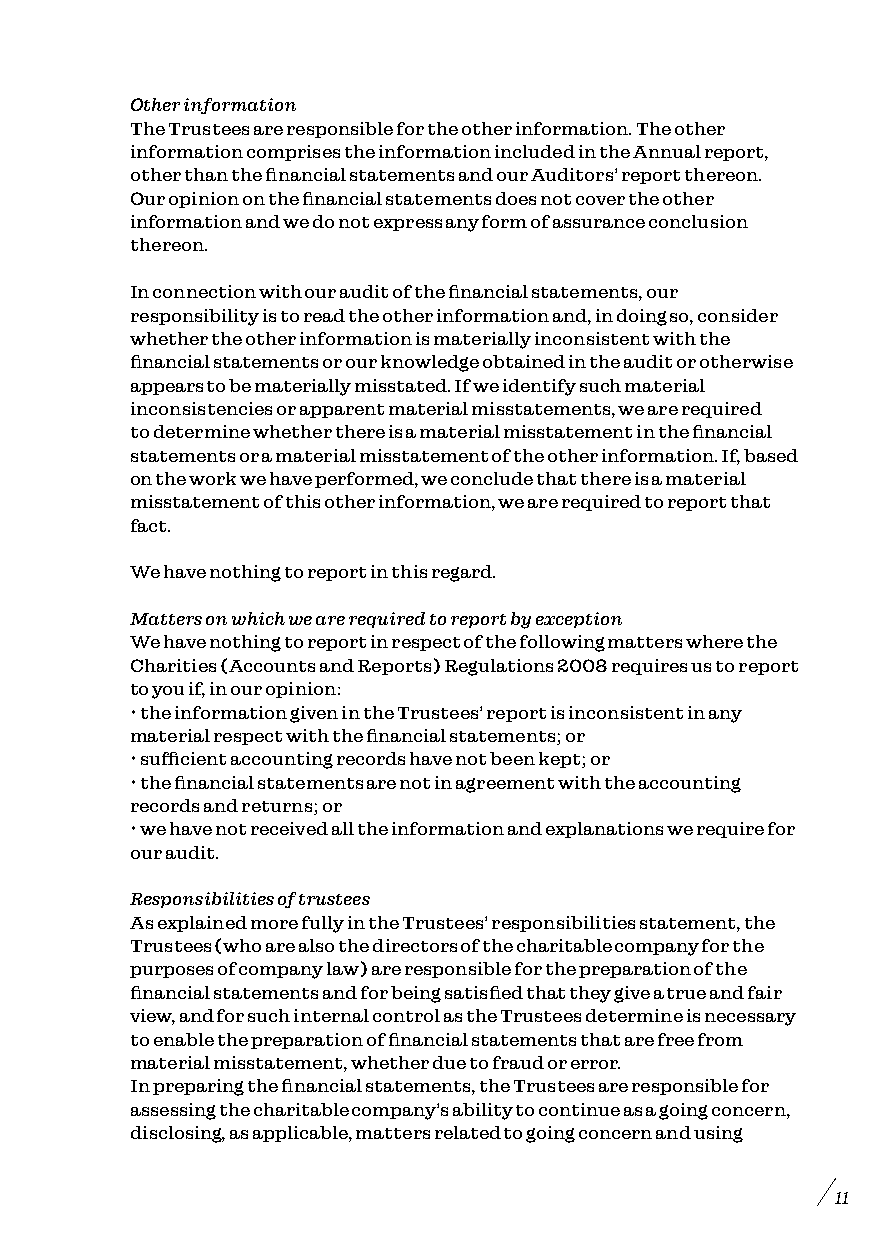
Other information
 The Trustees are responsible for the other information. The other
 information comprises the information included in the Annual report,
 other than the financial statements and our Auditors’ report thereon.
 Our opinion on the financial statements does not cover the other
 information and we do not express any form of assurance conclusion
 thereon.
 In connection with our audit of the financial statements, our
 responsibility is to read the other information and, in doing so, consider
 whether the other information is materially inconsistent with the
 financial statements or our knowledge obtained in the audit or otherwise
 appears to be materially misstated. If we identify such material
 inconsistencies or apparent material misstatements, we are required
 to determine whether there is a material misstatement in the financial
 statements or a material misstatement of the other information. If, based
 on the work we have performed, we conclude that there is a material
 misstatement of this other information, we are required to report that
 fact.
 We have nothing to report in this regard.
 Matters on which we are required to report by exception
 We have nothing to report in respect of the following matters where the
 Charities (Accounts and Reports) Regulations 2008 requires us to report
 to you if, in our opinion:
 • the information given in the Trustees’ report is inconsistent in any
 material respect with the financial statements; or
 • sufficient accounting records have not been kept; or
 • the financial statements are not in agreement with the accounting
 records and returns; or
 • we have not received all the information and explanations we require for
 our audit.
 Responsibilities of trustees
 As explained more fully in the Trustees’ responsibilities statement, the
 Trustees (who are also the directors of the charitable company for the
 purposes of company law) are responsible for the preparation of the
 financial statements and for being satisfied that they give a true and fair
 view, and for such internal control as the Trustees determine is necessary
 to enable the preparation of financial statements that are free from
 material misstatement, whether due to fraud or error.
 In preparing the financial statements, the Trustees are responsible for
 assessing the charitable company’s ability to continue as a going concern,
 disclosing, as applicable, matters related to going concern and using
 11